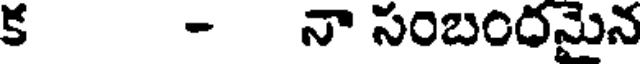
క - నా సంబందమైన